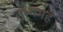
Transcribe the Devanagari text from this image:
तुभ्यमहं